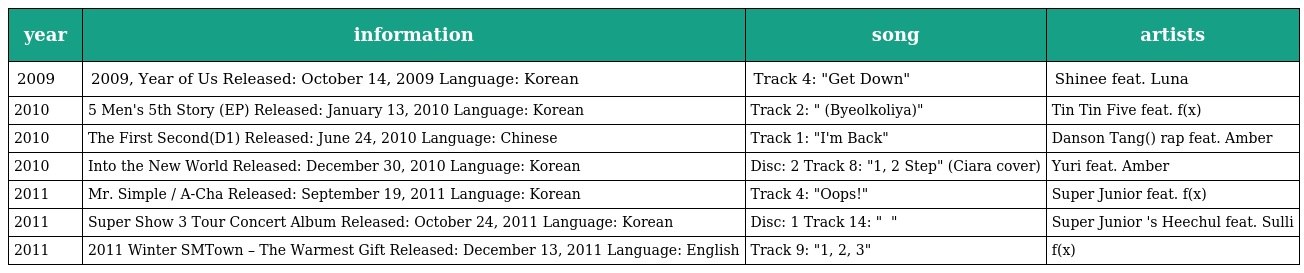
| year | information | song | artists |
 | --- | --- | --- | --- |
 | 2009 | 2009, Year of Us Released: October 14, 2009 Language: Korean | Track 4: "Get Down" | Shinee feat. Luna |
 | 2010 | 5 Men's 5th Story (EP) Released: January 13, 2010 Language: Korean | Track 2: "별꼴이야 (Byeolkoliya)" | Tin Tin Five feat. f(x) |
 | 2010 | The First Second(D1秒) Released: June 24, 2010 Language: Chinese | Track 1: "I'm Back" | Danson Tang(唐禹哲) rap feat. Amber |
 | 2010 | Into the New World Released: December 30, 2010 Language: Korean | Disc: 2 Track 8: "1, 2 Step" (Ciara cover) | Yuri feat. Amber |
 | 2011 | Mr. Simple / A-Cha Released: September 19, 2011 Language: Korean | Track 4: "Oops!" | Super Junior feat. f(x) |
 | 2011 | Super Show 3 Tour Concert Album Released: October 24, 2011 Language: Korean | Disc: 1 Track 14: "아이돌이 헤어지는 방법" | Super Junior 's Heechul feat. Sulli |
 | 2011 | 2011 Winter SMTown – The Warmest Gift Released: December 13, 2011 Language: English | Track 9: "1, 2, 3" | f(x) |